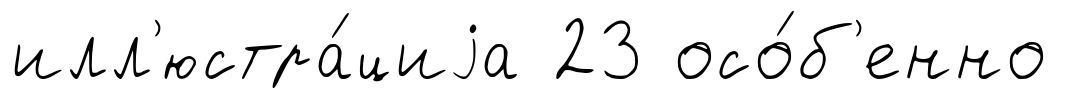
илл'юстра́циjа 23 осо́б'енно